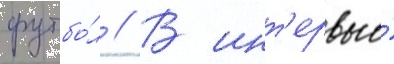
футбо́л // В инт'ервью́